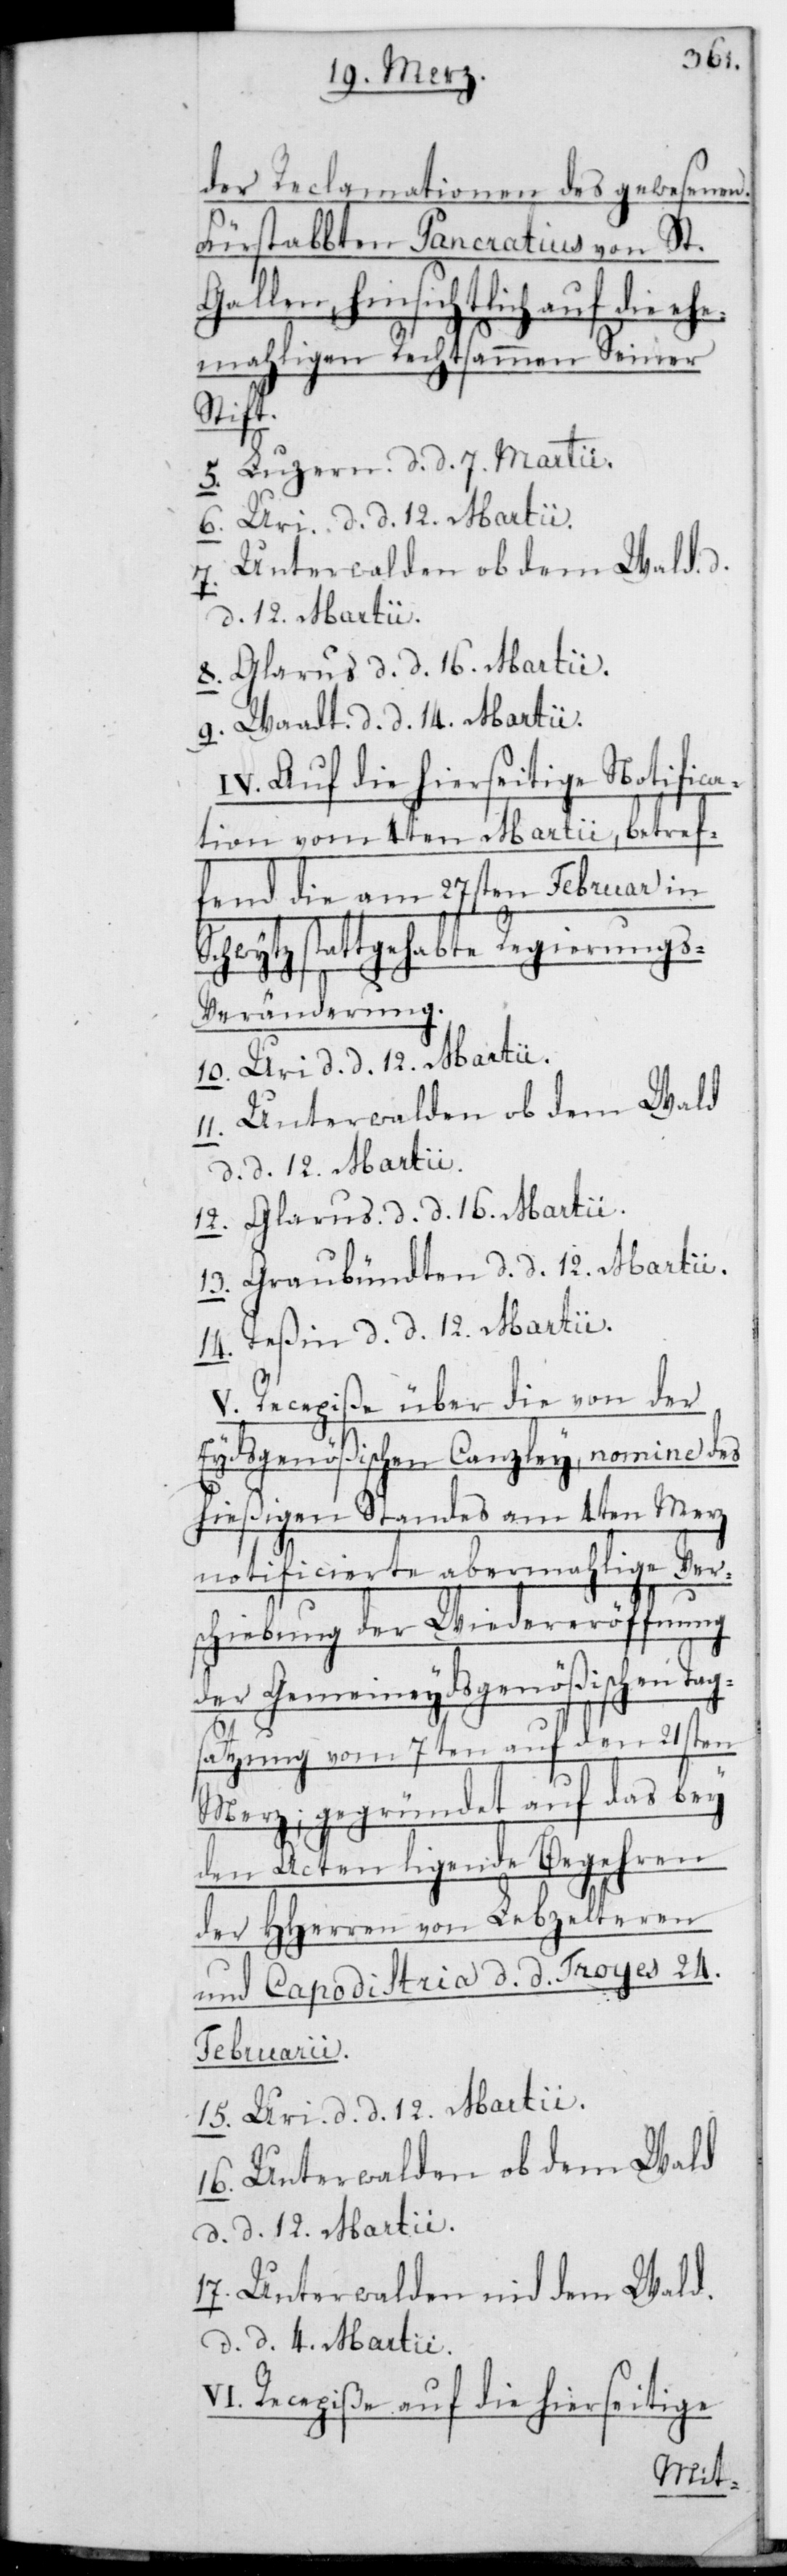
der Reclamationen des gewesenen
Fürstabten Pancrathius von St.
Gallen, hinsichtlich auf die ehe¬
maligen Rechtsammen seiner
Stift.
5. Luzern, d. d. 7. Martii.
Unterwalden ob dem Wald,
9. Waadt, d. d. 14. Martii.
IV. Auf die hierseitige Notifica¬
tion vom 4. Martii, betref¬
fend die am 27sten Februar in
Schwytz stattgehabte Regierungs-V¬
V¬
eränderung.
10. Uri, d. d. 12. Martii.
7. Unterwalden ob dem Wald,
d. d. 12. Martii.
12. Glarus, d. d. 16. Martii.
13. Graubündten, d. d. 12. Martii.
14. Teßin, d. d. 12. Martii.
V. Recepiße über die von der
Eydsgenößischen Canzley, nomine des
hießigen Standes am 4ten Merz
notificierte abermalige Ver¬
schiebung der Wiedereröffnung
der gemeineydsgenößischen Tag¬
satzung vom 7ten auf den 21sten
Merz, gegründet auf das bey
den Acten ligende Begehren
der HHerren von Lebzeltern
und Capodistria, d. d. Troyes 24s¬
Februarii.
15. Uri, d. d. 12. Martii.
16. Unterwalden ob dem Wald,
d. d. 12. Martii.
17. Unterwalden nid dem Wald,
d. d. 4. Martii.
I. Recepiße auf die hierseitige